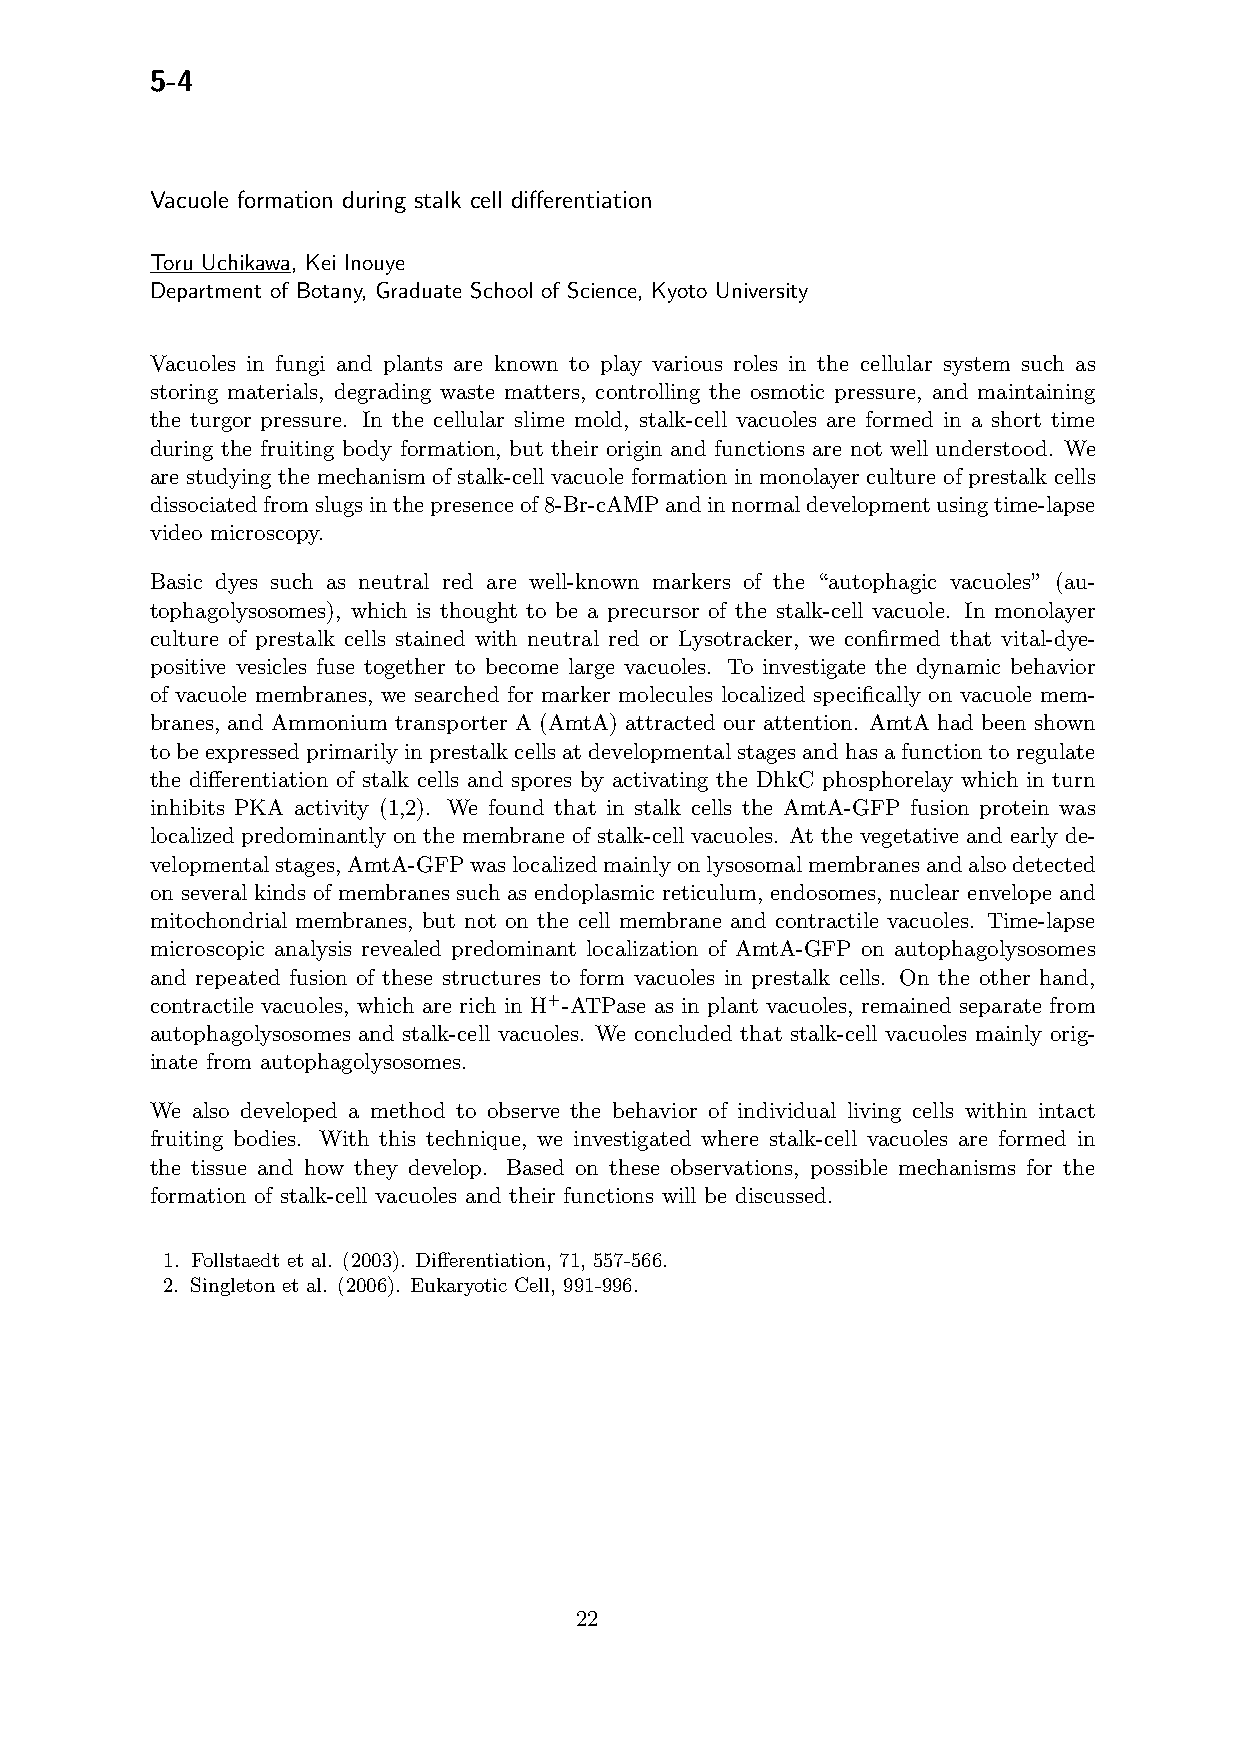
5-4
 Vacuole formation during stalk cell differentiation
 Toru Uchikawa, Kei Inouye
 Department of Botany, Graduate School of Science, Kyoto University
 Vacuoles in fungi and plants are known to play various roles in the cellular system such as
 storing materials, degrading waste matters, controlling the osmotic pressure, and maintaining
 the turgor pressure. In the cellular slime mold, stalk-cell vacuoles are formed in a short time
 during the fruiting body formation, but their origin and functions are not well understood. We
 are studying the mechanism of stalk-cell vacuole formation in monolayer culture of prestalk cells
 dissociatedfromslugsinthepresenceof8-Br-cAMPandinnormaldevelopmentusingtime-lapse
 video microscopy.
 Basic dyes such as neutral red are well-known markers of the “autophagic vacuoles” (au-
 tophagolysosomes), which is thought to be a precursor of the stalk-cell vacuole. In monolayer
 culture of prestalk cells stained with neutral red or Lysotracker, we confirmed that vital-dye-
 positive vesicles fuse together to become large vacuoles. To investigate the dynamic behavior
 of vacuole membranes, we searched for marker molecules localized specifically on vacuole mem-
 branes, and Ammonium transporter A (AmtA) attracted our attention. AmtA had been shown
 tobeexpressedprimarilyinprestalkcellsatdevelopmentalstagesandhasafunctiontoregulate
 the differentiation of stalk cells and spores by activating the DhkC phosphorelay which in turn
 inhibits PKA activity (1,2). We found that in stalk cells the AmtA-GFP fusion protein was
 localized predominantly on the membrane of stalk-cell vacuoles. At the vegetative and early de-
 velopmentalstages,AmtA-GFPwaslocalizedmainlyonlysosomalmembranesandalsodetected
 on several kinds of membranes such as endoplasmic reticulum, endosomes, nuclear envelope and
 mitochondrial membranes, but not on the cell membrane and contractile vacuoles. Time-lapse
 microscopic analysis revealed predominant localization of AmtA-GFP on autophagolysosomes
 and repeated fusion of these structures to form vacuoles in prestalk cells. On the other hand,
 contractile vacuoles, which are rich in H+-ATPase as in plant vacuoles, remained separate from
 autophagolysosomes and stalk-cell vacuoles. We concluded that stalk-cell vacuoles mainly orig-
 inate from autophagolysosomes.
 We also developed a method to observe the behavior of individual living cells within intact
 fruiting bodies. With this technique, we investigated where stalk-cell vacuoles are formed in
 the tissue and how they develop. Based on these observations, possible mechanisms for the
 formation of stalk-cell vacuoles and their functions will be discussed.
 1. Follstaedt et al. (2003). Differentiation, 71, 557-566.
 2. Singleton et al. (2006). Eukaryotic Cell, 991-996.
 22